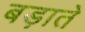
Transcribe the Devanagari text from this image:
बड़ाते